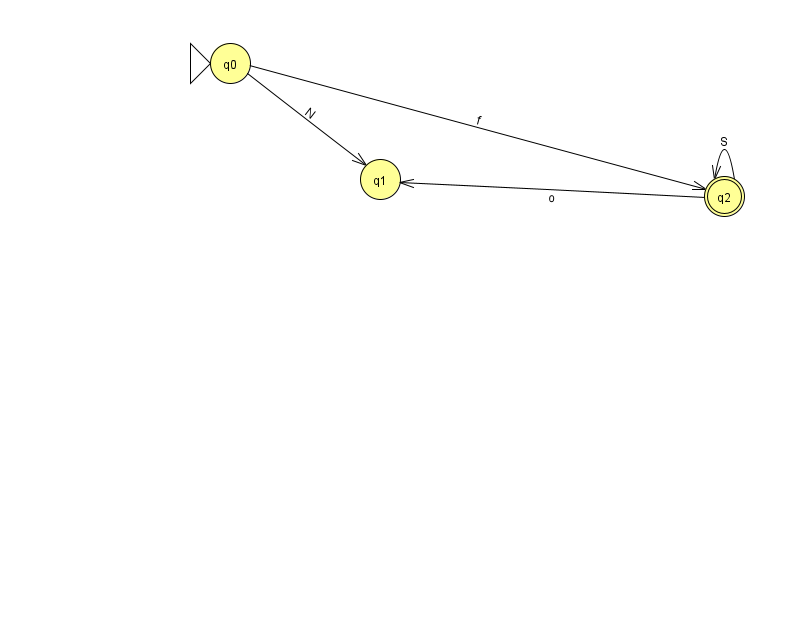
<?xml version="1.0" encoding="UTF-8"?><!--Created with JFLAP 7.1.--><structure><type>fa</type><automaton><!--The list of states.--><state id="0" name="q0"><x>230.0</x><y>50.0</y><initial/></state><state id="1" name="q1"><x>380.0</x><y>166.0</y></state><state id="2" name="q2"><x>724.0</x><y>183.0</y><final/></state><!--The list of transitions.--><transition><from>2</from><to>2</to><read>S</read></transition><transition><from>0</from><to>1</to><read>N</read></transition><transition><from>0</from><to>2</to><read>f</read></transition><transition><from>2</from><to>1</to><read>o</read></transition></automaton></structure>